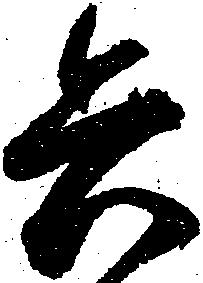
兵